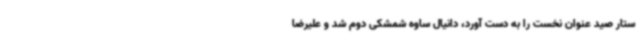
ستار صید عنوان نخست را به دست آورد، دانیال ساوه شمشکی دوم شد و علیرضا